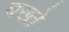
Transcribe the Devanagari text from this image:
बख्ते